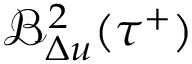
\mathcal { B } _ { \Delta u } ^ { 2 } ( \tau ^ { + } )